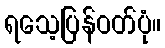
ရသေ့ပြန်ဝတ်ပုံ။